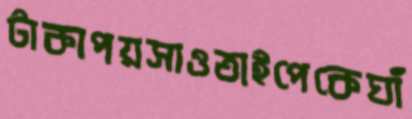
টাকাপয়সাওতাইপেকেঘাঁ